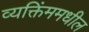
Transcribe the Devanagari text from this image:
व्यक्तिंममधील